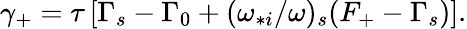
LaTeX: \begin{array}{r}{\gamma_{+}=\tau\left[\Gamma_{s}-\Gamma_{0}+(\omega_{*i}/\omega)_{s}(F_{+}-\Gamma_{s})\right].}\end{array}